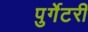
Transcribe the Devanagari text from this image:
पुर्गेटरी